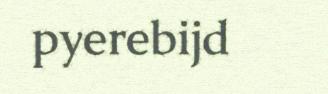
pyerebijd